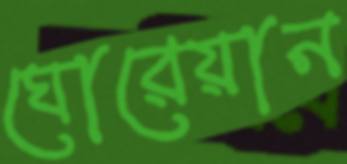
ঘোরেয়ান